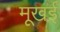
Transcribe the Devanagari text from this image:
मूखई